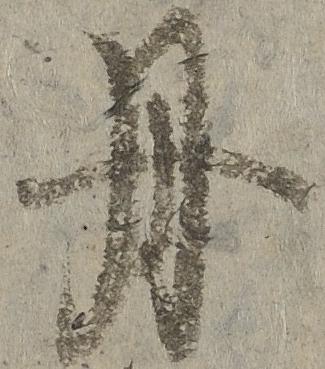
丹